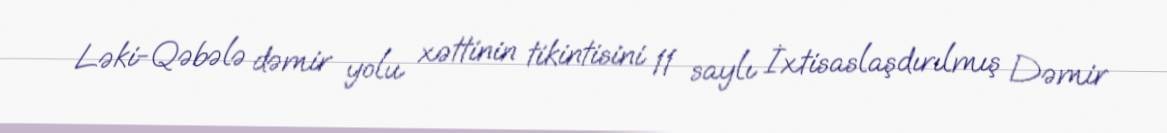
Ləki-Qəbələ dəmir yolu xəttinin tikintisini 11 saylı İxtisaslaşdırılmış Dəmir